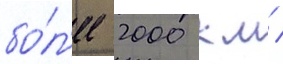
бо́л'ее 2000 км /